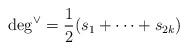
LaTeX: \begin{align*}\deg^\vee = \frac{1}{2}(s_1 + \cdots +s_{2k})\end{align*}